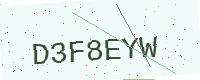
Text: D3F8EYW